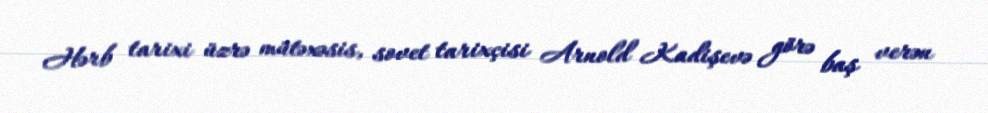
Hərb tarixi üzrə mütəxəsis, sovet tarixçisi Arnold Kadişevə görə baş verən